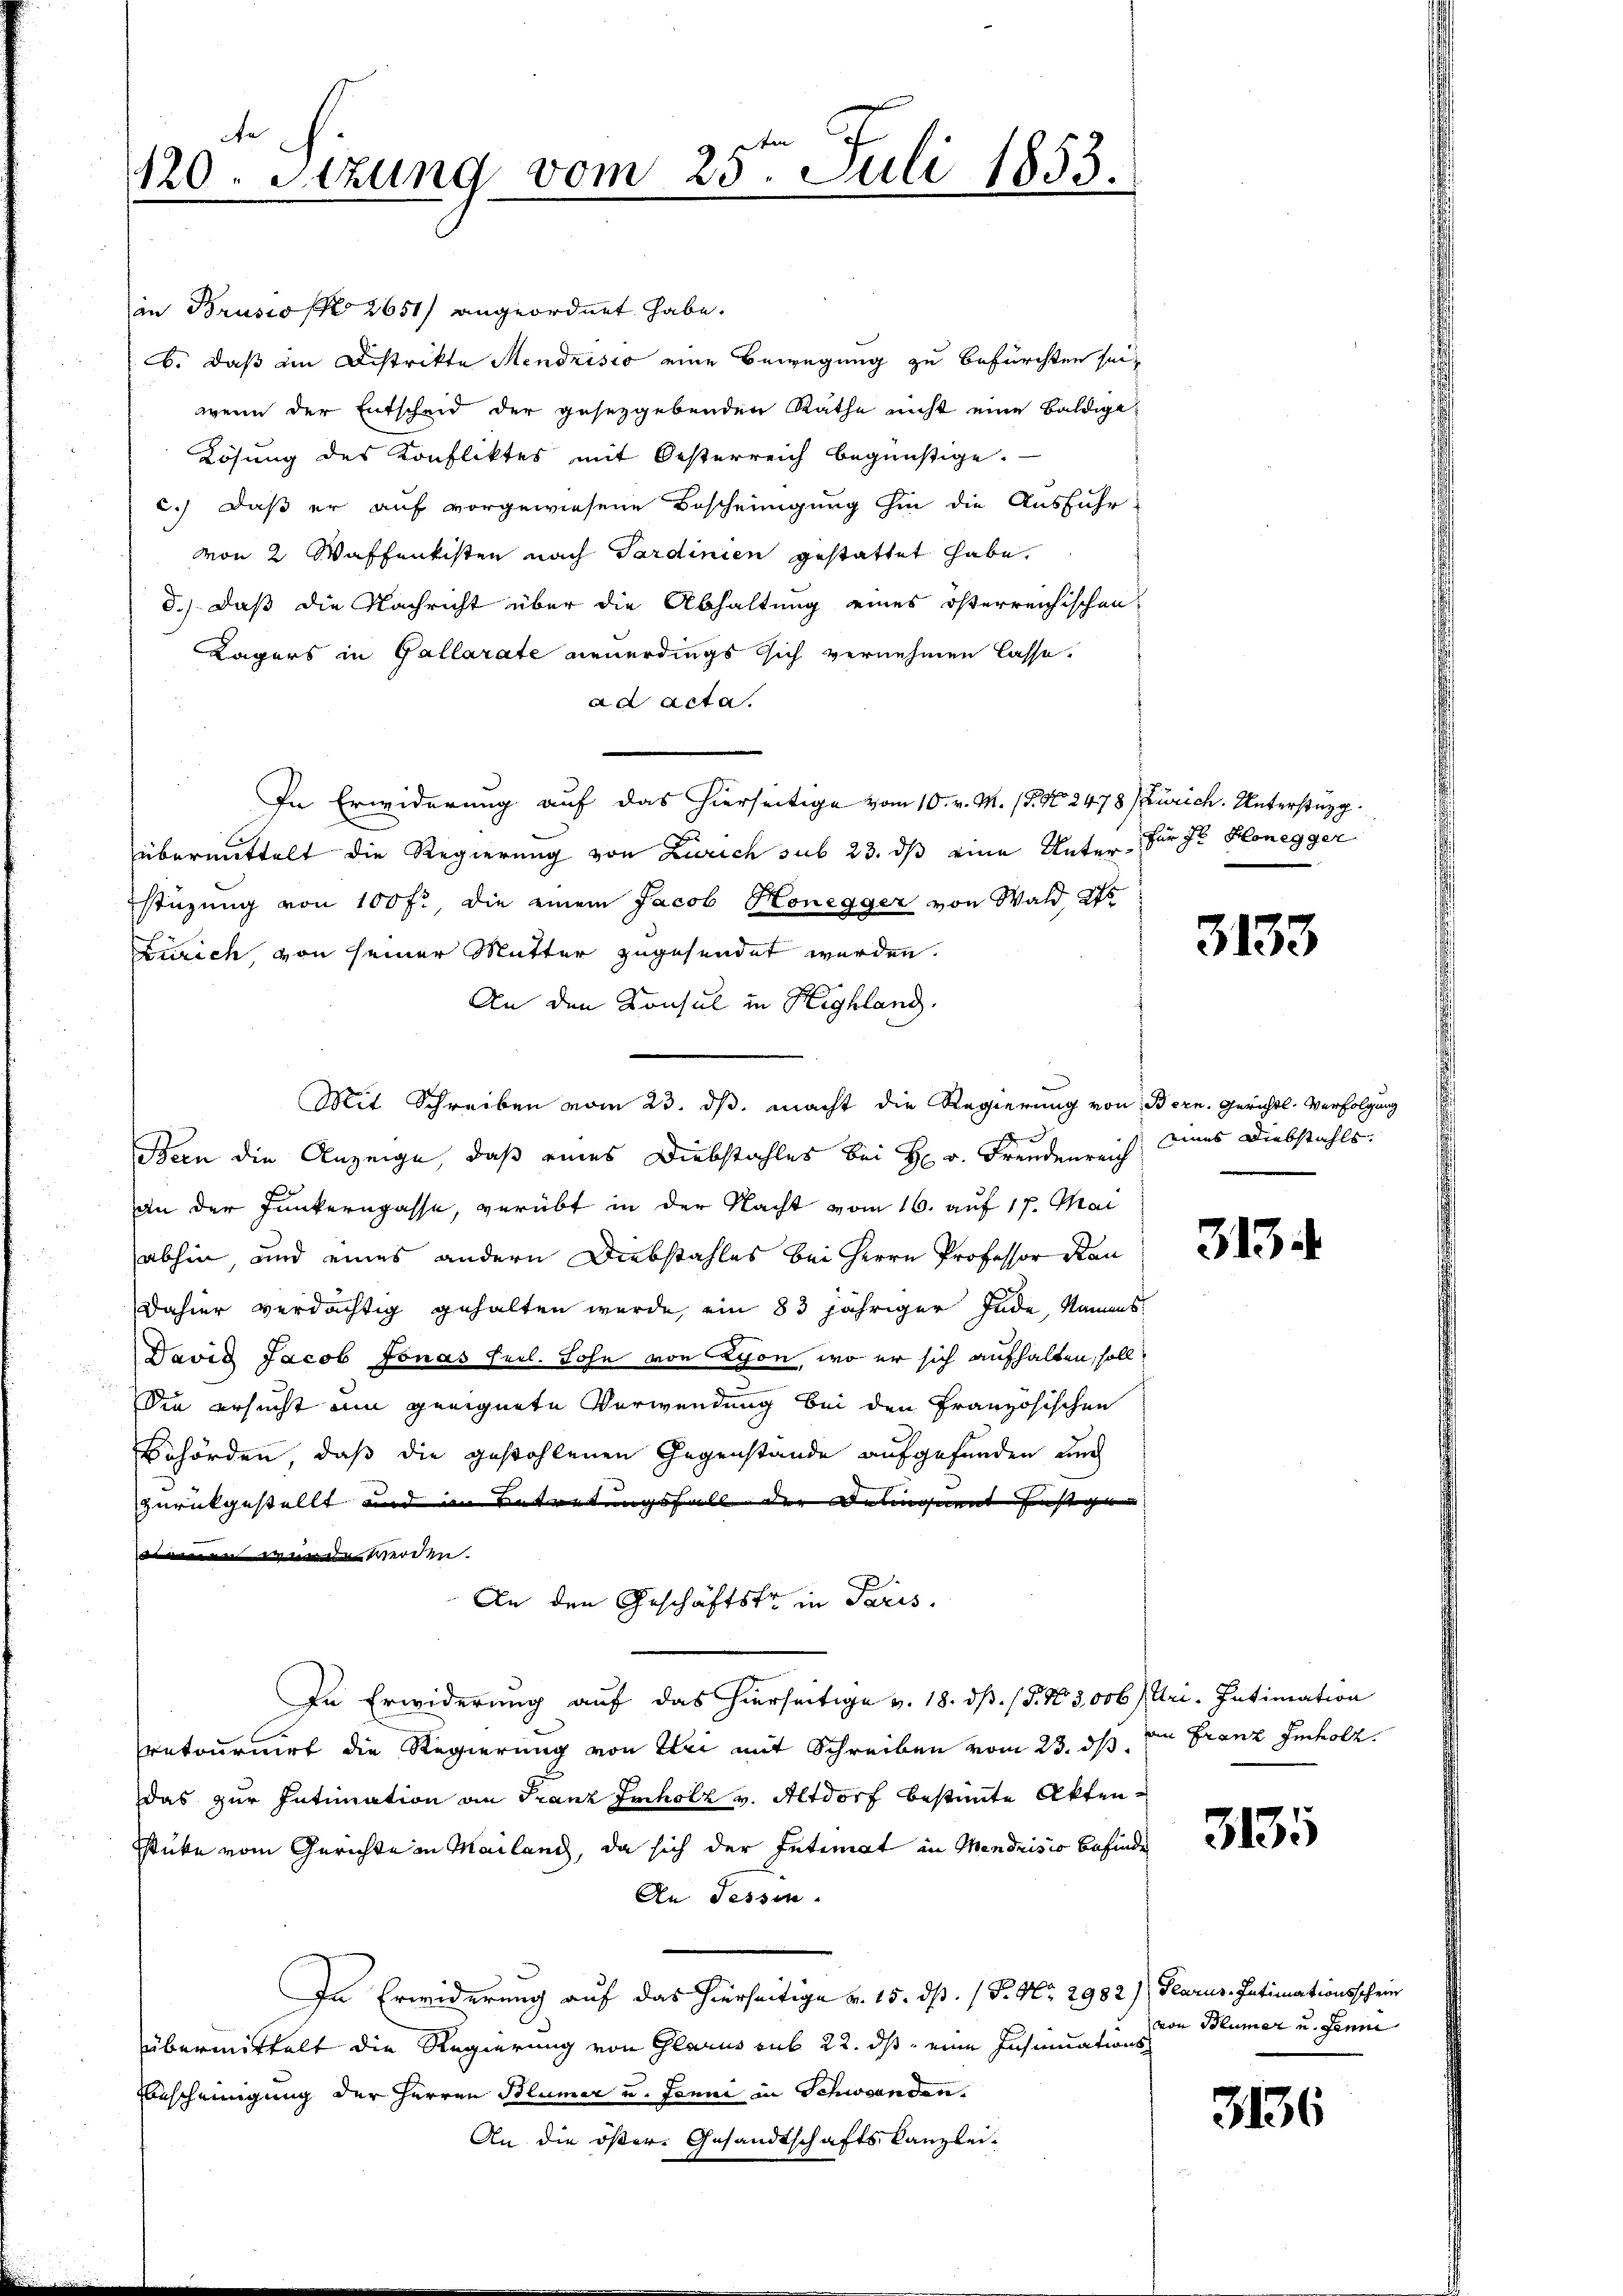
e
 |
120. Stzung vom 25. Juli 1853.

in Brusio (No 2651 angeordnet habe.
b. daß im Distrikte Mendrisio eine Bewegung zu befürchten seiwenn der Entscheid der gesetzgebenden Rathe nicht eine baldige
Lösung des Konfliktes mit Oesterreich begünstige.
c.) daß er auf vorgewiesene Bescheinigung hin die Ausfuhr-
von 2 Waffenkisten nach Sardinien gestattet habe,
d.) daß die Nachricht über die Abhaltung eines österreichischen
Lägers in Gallarate neuerdings sich vernehmen lasse.
ad acta.
In Erwiderung auf das hierseitige vom 10. v. M. (T. No 2478 (Zürich. Unterstüzg
übermittelt die Regierung von Zürich sub 23. ds eine Unter für Hr. Honegger
stüzung von 100 fl, die einem Jacob Honegger von Wald als
Zürich, von seiner Mutter zugesendet werden.
An den Konsul in Highland,
Mit Schreiben vom 23. ds. macht die Regierung von Bern, Gerichts Verfolgung
Bern die Anzeige, daß eines Diebstahles bei H. v. Freudenreich
F
an der Junkernpasse, verübt in der Nacht vom 16. auf 17. Mai
abhin, und eines andern Diebstahles bei Herrn Professor Rau
dahier verdächtig gehalten wurde, ein 83 jähriger Ende, Namens
David Jacob Jonas Feil. Lohn von Lyon, wo er sich aufhalten, soll,
Die ersucht ein geeignete Verwendung bei den Französischen
Behörden, daß die gestohlenen Gegenstände aufgefunden und
zurückgestellt und im Betretungsfall der Delinquent festge- |
 wurde werden.
An den Geschäftstr in Paris.
In Erwiderung auf das hierseitige v. 18. dß. / 5. No 5,006/Uri. Intimation
retournirt die Regierung von Klei mit Schreiben vom 23. ds.
Das zur Intimation an Franz Imholz v. Altdorf bestimmte Akten¬
Stücke vom Gerichte in Mailand, da sich der Intimat in Mendrisio befinden
An Tessin.
In Erwiderung auf das hierseitige v. 15. dß. (S. Nr. 2982), Glarus. Intimationsschein
übermittelt die Regierung von Glarus sub 22. ds. eine Insinuations¬
Bescheinigung der Herren Blumer u. Janni in Schwanden.
An die öster. Gesandtschaftskanzlei-

3133

eines Diebstahls.

3134

an Franz Imholz.

3135

von Blümer u. Jenne

3136